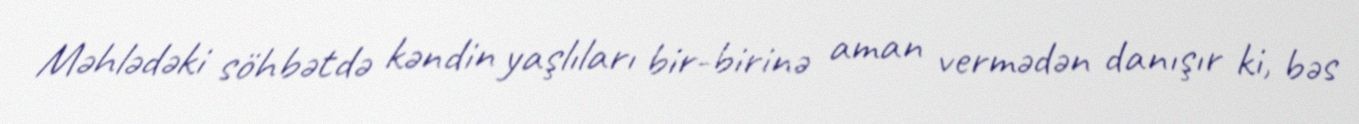
Məhlədəki söhbətdə kəndin yaşlıları bir-birinə aman vermədən danışır ki, bəs